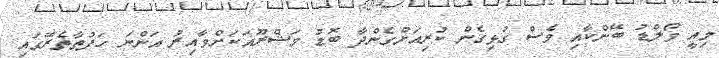
މިއީ ވޯލްޑު ބޭންކާއި ވެސް ގުޅިގެން ކުރިއަށްގެންދާ ބޮޑު މަޝްރޫއަކަށްވާއިރު އަންނަ ހަފުތާތެރޭގައި